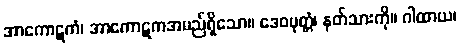
အာကောဋကံ၊ အာကောဋကအမည်ရှိသော။ ဒေဝပုတ္တံ၊ နတ်သားကို။ ဂါထာယ၊